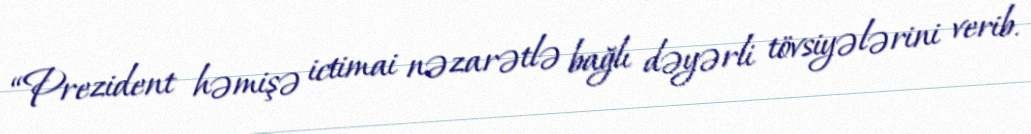
“Prezident həmişə ictimai nəzarətlə bağlı dəyərli tövsiyələrini verib.